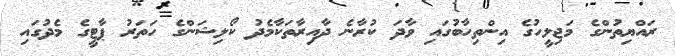
ރައްޔިތުންގެ މަޖިލީހުގެ އިންތިހާބުގައި ވާދަ ކުރާނެ ދާއިރާތަކާމެދު ކޯލިޝަންގެ ހަތަރު ޕާޓީގެ މެދުގައި